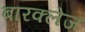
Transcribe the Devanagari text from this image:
बारक्लेज